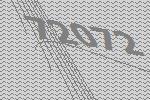
72072